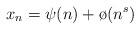
LaTeX: \begin{align*}x_n=\psi(n)+\o(n^s)\end{align*}